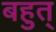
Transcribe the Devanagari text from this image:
बहुत्‌